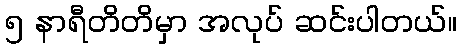
၅ နာရီတိတိမှာ အလုပ် ဆင်းပါတယ်။